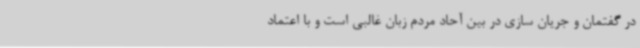
در گفتمان و جریان سازی در بین آحاد مردم زبان غالبی است و با اعتماد